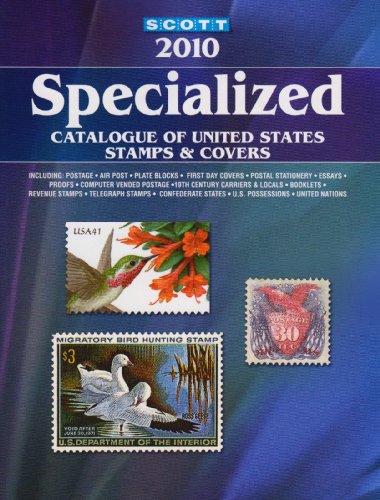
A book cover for Scott Specialized Catalogue of United States Stamps & Covers 2010; James E. Kloetzel; Crafts, Hobbies & Home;